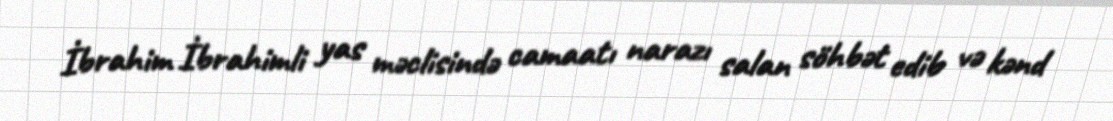
İbrahim İbrahimli yas məclisində camaatı narazı salan söhbət edib və kənd